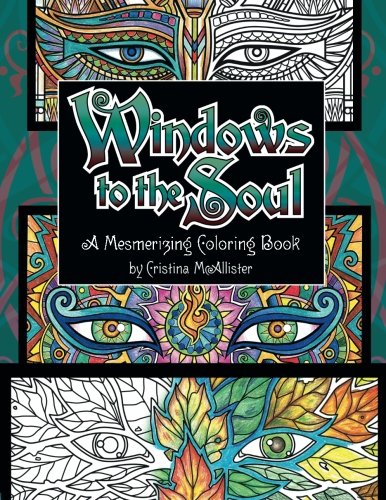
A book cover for Windows to the Soul: A Mesmerizing Coloring Book; Cristina McAllister; Arts & Photography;